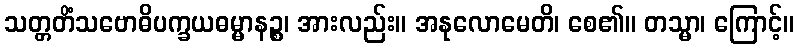
သတ္တတိံသဗောဓိပက္ခယဓမ္မာနဉ္စ၊ အားလည်း။ အနုလောမေတိ၊ စေ၏။ တသ္မာ၊ ကြောင့်။